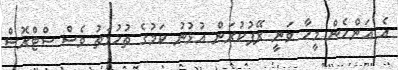
އެ އަންހެން މީހާ ވަނީ ރޭޕުކުރަން އުޅުނު ކަމުގެ ތުހުމަތު ވެސް ސްޓްރޮސް